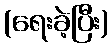
(ရေးခဲ့ပြီး)